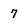
Character: 7